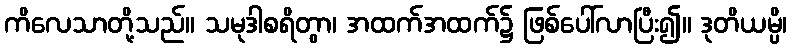
ကိလေသာတို့သည်။ သမုဒါစရိတွာ၊ အထက်အထက်၌ ဖြစ်ပေါ်လာပြီး၍။ ဒုတိယမ္ပိ၊